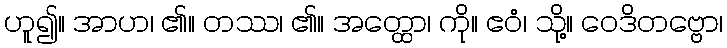
ဟူ၍။ အာဟ၊ ၏။ တဿ၊ ၏။ အတ္ထော၊ ကို။ ဧဝံ၊ သို့။ ဝေဒိတဗ္ဗော၊